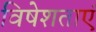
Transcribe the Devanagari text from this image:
विषेशताएं